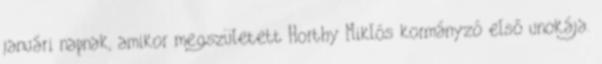
januári napnak, amikor megszületett Horthy Miklós kormányzó első unokája.